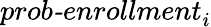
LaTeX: \textit{prob-enrollment}_{i}